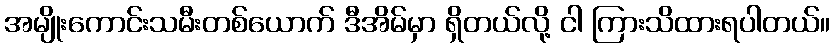
အမျိုးကောင်းသမီးတစ်ယောက် ဒီအိမ်မှာ ရှိတယ်လို့ ငါ ကြားသိထားရပါတယ်။